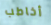
أخاطب